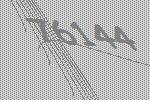
76144